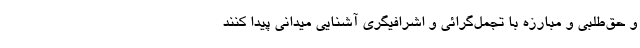
و حق‌طلبی و مبارزه با تجمل‌گرائی و اشرافیگری آشنایی میدانی پیدا کنند